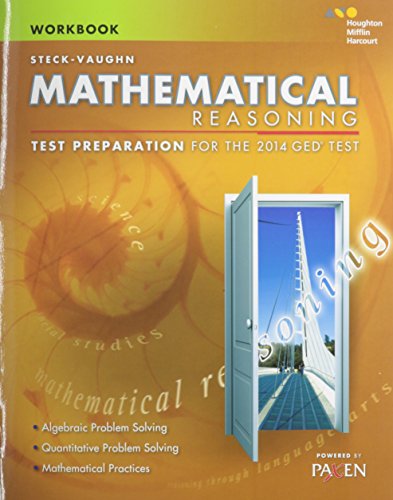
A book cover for Steck-Vaughn GED: Test Preparation Student Workbook Mathematical Reasoning; STECK-VAUGHN; Test Preparation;